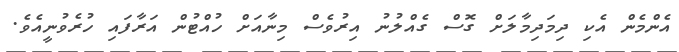
އެންމެން އެކި ދިމަދިމާލަށް ގޮސް ގެއްލުނު އިރުވެސް މިނާއަށް ހުއްޓުން އަރާފައި ހުރެވުނީއެވެ.